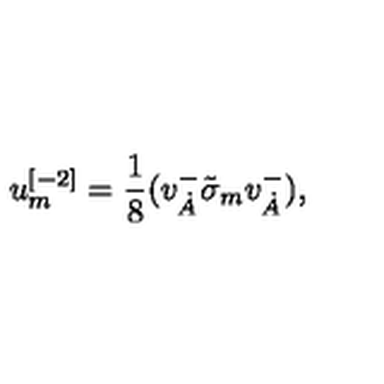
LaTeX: u _ { { m } } ^ { { [ - 2 ] } } = { \frac { 1 } { 8 } } ( v _ { \dot { A } } ^ { { - } } \tilde { \sigma } _ { { m } } v _ { { \dot { A } } } ^ { { - } } ) ,